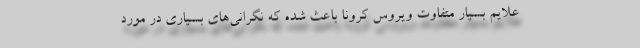
علایم بسیار متفاوت ویروس کرونا باعث شده که نگرانی‌های بسیاری در مورد